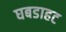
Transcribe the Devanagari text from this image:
घबडाहट